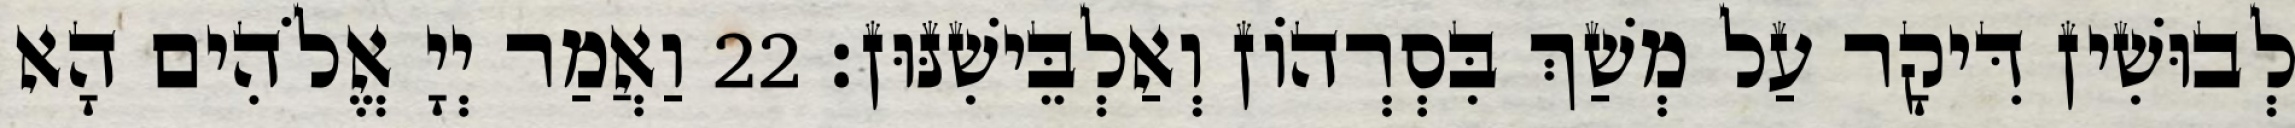
לְבוּשִׁין דִּיקָר עַל מְשַׁךְ בִּסְרְהוֹן וְאַלְבֵּישִׁנּוּן׃ 22 וַאֲמַר יְיָ אֱלֹהִים הָא